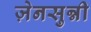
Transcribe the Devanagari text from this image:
ज़ेनसुन्नी